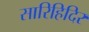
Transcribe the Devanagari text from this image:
सारिहिदिर